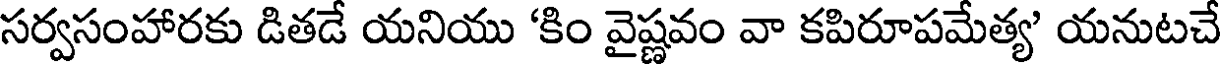
సర్వసంహారకు డితడే యనియు 'కిం వైష్ణవం వా కపిరూపమేత్య' యనుటచే